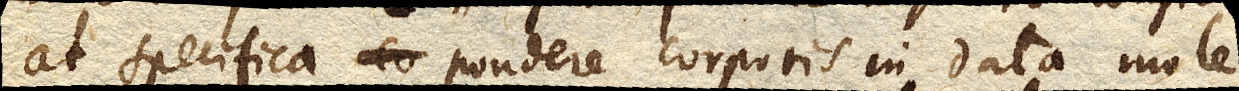
at specifica pondere corporis in data mole